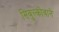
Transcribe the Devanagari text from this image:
सिबुल्कोवाने